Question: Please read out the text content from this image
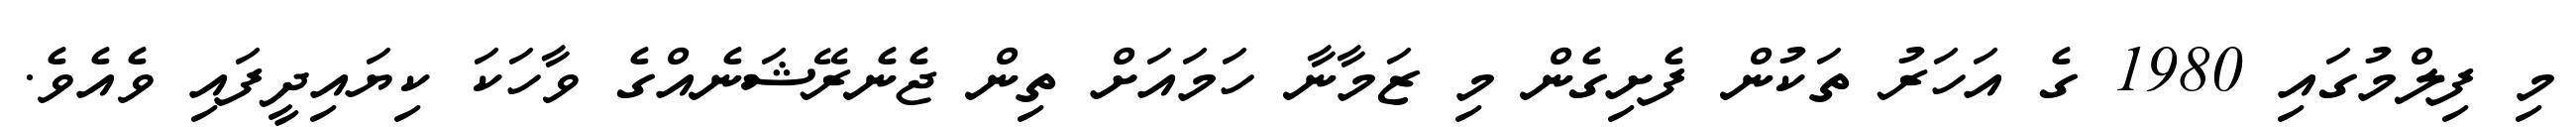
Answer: މި ފިލްމުގައި 1980 ގެ އަހަރު ތަކުން ފެށިގެން މި ޒަމާނާ ހަމައަށް ތިން ޖެނެރޭޝަނެއްގެ ވާހަކަ ކިޔައިދީފައި ވެއެވެ.